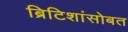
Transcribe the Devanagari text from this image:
ब्रिटिशांसोबत